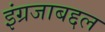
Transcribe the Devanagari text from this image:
इंग्रजाबद्दल